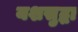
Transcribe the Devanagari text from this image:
यशसुद्धा